Report on the bubonic plague in Bombay, 1896-1897
Year: 1896
Disease focus: Plague
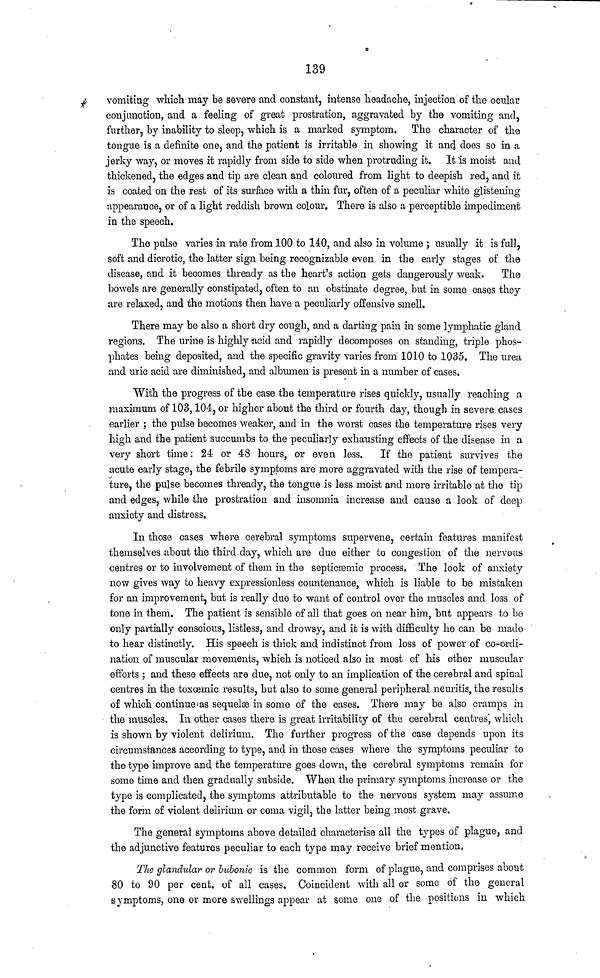
139
vomiting which may be severe and constant, intense headache, injection of the ocular
conjunction, and a feeling of great prostration, aggravated by the vomiting and,
further, by inability to sleep, which is a marked symptom. The character of the
tongue is a definite one, and the patient is irritable in showing it and does so in a
jerky way, or moves it rapidly from side to side when protruding it. It is moist and
thickened, the edges and tip are clean and coloured from light to deepish red, and it
is coated on the rest of its surface with a thin fur, often of a peculiar white glistening
appearance, or of a light reddish brown colour. There is also a perceptible impediment
in the speech.
The pulse varies in rate from 100 to 140, and also in volume ; usually it is full,
soft and dicrotic, the latter sign being recognizable even in the early stages of the
disease, and it becomes thready as the heart's action gets dangerously weak.
The
bowels are generally constipated, often to an obstinate degree, but in some cases they
are relaxed, and the motions then have a peculiarly offensive smell.
There may be also a short dry cough, and a darting pain in some lymphatic gland
regions. The urine is highly acid and rapidly decomposes on standing, triple phos-
phates being deposited, and the specific gravity varies from 1010 to 1035. The urea
and uric acid are diminished, and albumen is present in a number of cases.
With the progress of the case the temperature rises quickly, usually reaching a
maximum of 103, 104, or higher about the third or fourth day, though in severe cases
earlier ; the pulse becomes weaker, and in the worst cases the temperature rises very
high and the patient succumbs to the peculiarly exhausting effects of the disease in a
very short time : 24 or 48 hours, or even less.
If the patient survives the
acute early stage, the febrile symptoms are more aggravated with the rise of tempera-
ture, the pulse becomes thready, the tongue is less moist and more irritable at the tip
and edges, while the prostration and insomnia increase and cause a look of deep
anxiety and distress.
In those cases where cerebral symptoms supervene, certain features manifest
themselves about the third day, which are due either to congestion of the nervous
centres or to involvement of them in the septicsemic process. The look of anxiety
now gives way to heavy expressionless countenance, which is liable to be mistaken
for an improvement, but is really due to want of control over the muscles and loss of
tone in them. The patient is sensible of all that goes on near him, but appears to be
only partially conscious, listless, and drowsy, and it is with difficulty ho can be made
to hear distinctly. His speech is thick and indistinct from loss of power of co-ordi-
nation of muscular movements, which is noticed also in most of his other muscular
efforts ; and these effects are due, not only to an implication of the cerebral and spinal
centres in the toxœmic results, but also to some general peripheral neuritis, the results
of which continue as sequelse in some of the cases. There may be also cramps in
the muscles. In other cases there is great irritability of the cerebral centres, which
is shown by violent delirium. The further progress of the case depends upon its
circumstances according to type, and in those cases where the symptoms peculiar to
the type improve and the temperature goes down, the cerebral symptoms remain for
some time and then gradually subside. When the primary symptoms increase or the
type is complicated, the symptoms attributable to the nervous system may assume
the form of violent delirium or coma vigil, the latter being most grave.
The general symptoms above detailed characterise all the types of plague, and
the adjunctive features peculiar to each type may receive brief mention.
The glandular or bubonic is the common form of plague, and comprises about
80 to 90 per cent. of all cases. Coincident with all or some of the general
symptoms, one or more swellings appear at some one of the positions in which